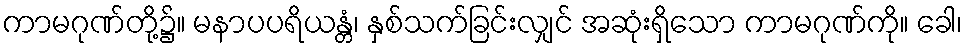
ကာမဂုဏ်တို့၌။ မနာပပရိယန္တံ၊ နှစ်သက်ခြင်းလျှင် အဆုံးရှိသော ကာမဂုဏ်ကို။ ခေါ၊